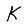
Character: K